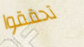
تحققوا